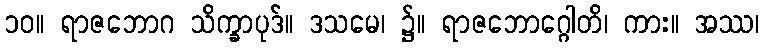
၁၀။ ရာဇဘောဂ သိက္ခာပုဒ်။ ဒသမေ၊ ၌။ ရာဇဘောဂ္ဂေါတိ၊ ကား။ အဿ၊